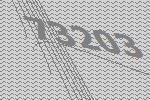
73203